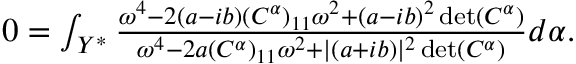
\begin{array} { r } { 0 = \int _ { Y ^ { * } } \frac { \omega ^ { 4 } - 2 ( a - i b ) ( C ^ { \alpha } ) _ { 1 1 } \omega ^ { 2 } + ( a - i b ) ^ { 2 } \operatorname* { d e t } ( C ^ { \alpha } ) } { \omega ^ { 4 } - 2 a ( C ^ { \alpha } ) _ { 1 1 } \omega ^ { 2 } + \lvert ( a + i b ) \rvert ^ { 2 } \operatorname* { d e t } ( C ^ { \alpha } ) } d \alpha . } \end{array}